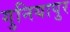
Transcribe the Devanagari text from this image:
गुनियापुर